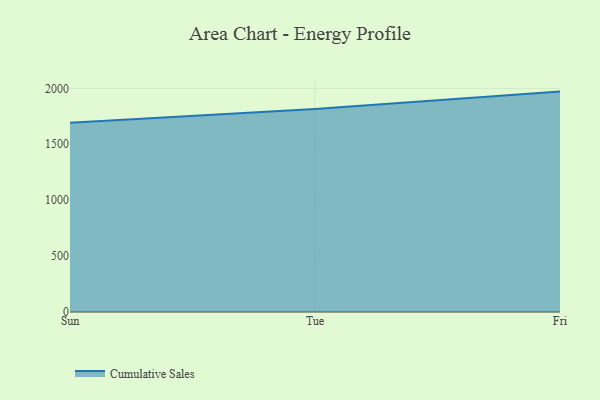
{"axis": {"x": "Day", "y": "Tickets Resolved"}, "legend": ["Cumulative Sales"], "data": [{"x": "Sun", "y": 1691.4, "type": "Cumulative Sales"}, {"x": "Tue", "y": 1815.1, "type": "Cumulative Sales"}, {"x": "Fri", "y": 1970.5, "type": "Cumulative Sales"}]}